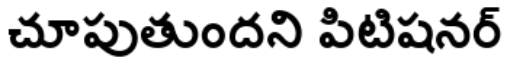
చూపుతుందని పిటిషనర్